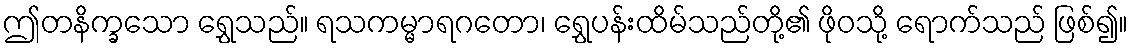
ဤတနိက္ခသော ရွှေသည်။ ရသကမ္မာရဂတော၊ ရွှေပန်းထိမ်သည်တို့၏ ဖိုဝသို့ ရောက်သည် ဖြစ်၍။